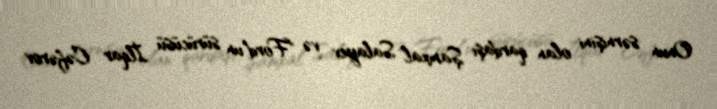
Onun sərnişini olan qardaşı Şamxal Salayev və "Ford"un sürücüsü İlqar Cəfərov